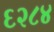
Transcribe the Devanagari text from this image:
६२८४